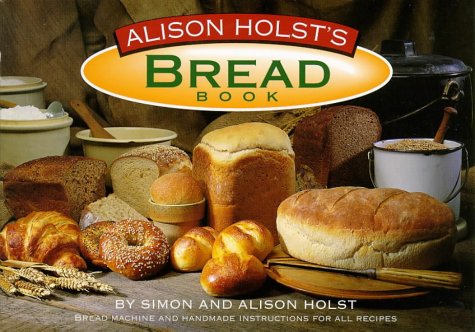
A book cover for Alison Holst's Bread Book: Bread Machine and Handmade Instructions; Alison Holst; Cookbooks, Food & Wine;